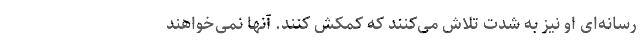
رسانه‌ای او نیز به شدت تلاش می‌کنند که کمکش کنند. آنها نمی‌خواهند